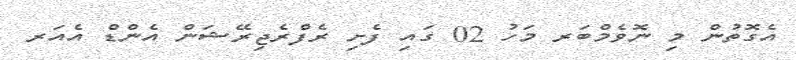
އެގޮތުން މި ނޮވެމްބަރ މަހު 02 ގައި ފެށި ރެފްރެޖިރޭޝަން އެންޑް އެއަރ